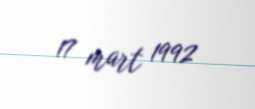
17 mart 1992